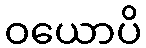
ဝယောပိ